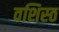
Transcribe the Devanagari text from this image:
वशिस्ठ